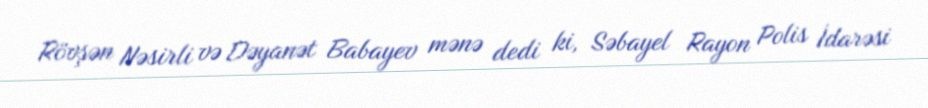
Rövşən Nəsirli və Dəyanət Babayev mənə dedi ki, Səbayel Rayon Polis İdarəsi